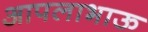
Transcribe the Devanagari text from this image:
आपलाभाऊ